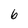
Character: 6